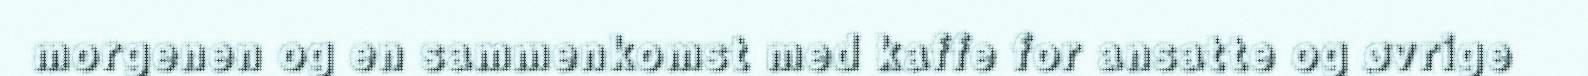
morgenen og en sammenkomst med kaffe for ansatte og øvrige